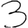
Digit: 3